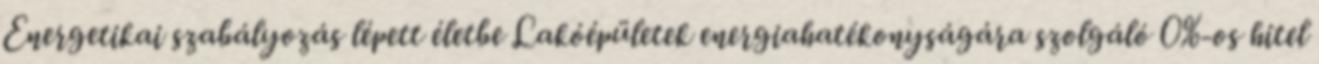
Energetikai szabályozás lépett életbe Lakóépületek energiahatékonyságára szolgáló 0%-os hitel